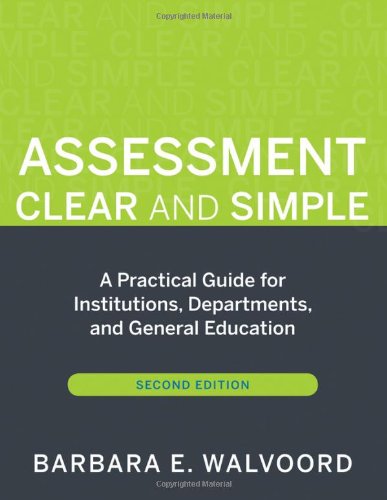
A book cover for Assessment Clear and Simple: A Practical Guide for Institutions, Departments, and General Education; Barbara E. Walvoord; Education & Teaching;